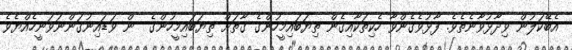
އެބޭކަލުން ވިދާޅުވާނެތެވެ. ފާޅުވެގެންވާ ހެކިތަކާއިގެން ތިޔަބައިމީހުންގެ ގާތަށް ތިޔަބައިމީހުންގެ  ން ވަޑައިނުގަންނަވަނީހެއްޔެވެ